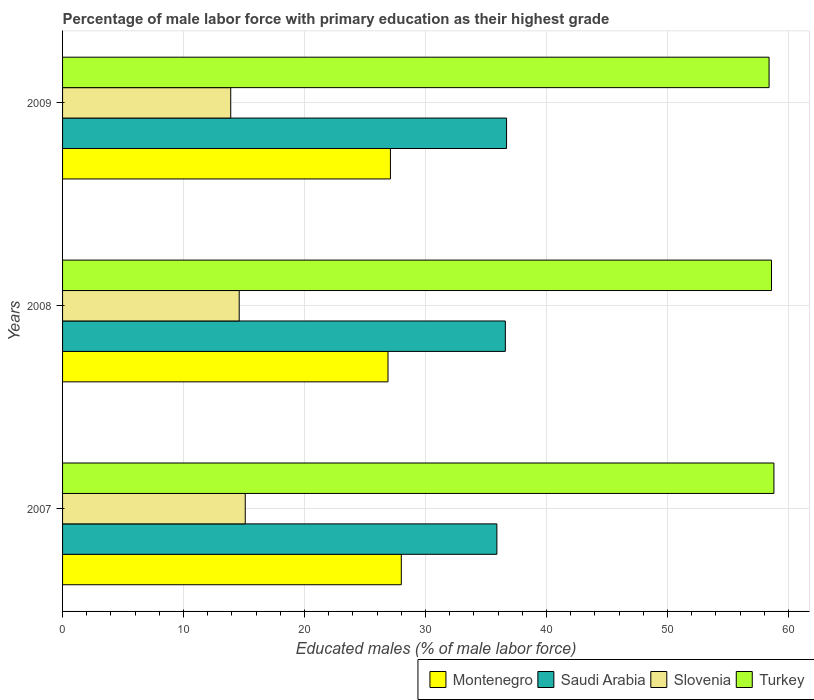
| Years | Montenegro | Saudi Arabia | Slovenia | Turkey |
 | --- | --- | --- | --- | --- |
 | 2007 | 28 | 35.9 | 15.1 | 58.8 |
 | 2008 | 26.9 | 36.6 | 14.6 | 58.6 |
 | 2009 | 27.1 | 36.7 | 13.9 | 58.4 |